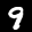
Label: 9